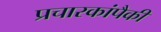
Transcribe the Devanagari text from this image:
प्रचारकांपैकी